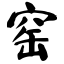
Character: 窑